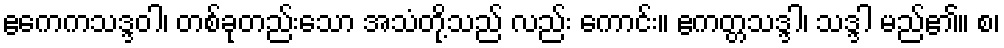
ဧကေကသဒ္ဒဝါ၊ တစ်ခုတည်းသော အသံတို့သည် လည်း ကောင်း။ ဧကတ္တသဒ္ဒါ၊ သဒ္ဒါ မည်၏။ စ၊